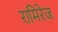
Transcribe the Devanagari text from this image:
रामिरेज